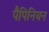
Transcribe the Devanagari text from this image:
पैपिनियन